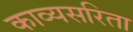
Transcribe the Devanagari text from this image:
काव्यसरिता